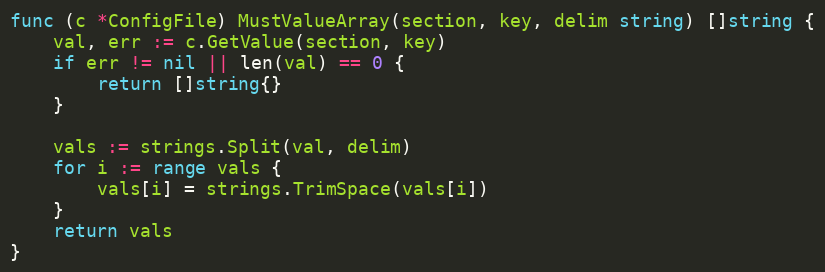
Language: Go
func (c *ConfigFile) MustValueArray(section, key, delim string) []string {
	val, err := c.GetValue(section, key)
	if err != nil || len(val) == 0 {
		return []string{}
	}

	vals := strings.Split(val, delim)
	for i := range vals {
		vals[i] = strings.TrimSpace(vals[i])
	}
	return vals
}